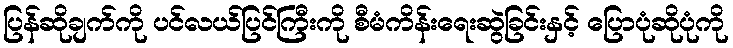
ပြန်ဆိုချက်ကို ပင်လယ်ပြင်ကြီးကို စီမံကိန်းရေးဆွဲခြင်းနှင့် ပြောပုံဆိုပုံကို